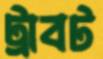
ট্রাবট